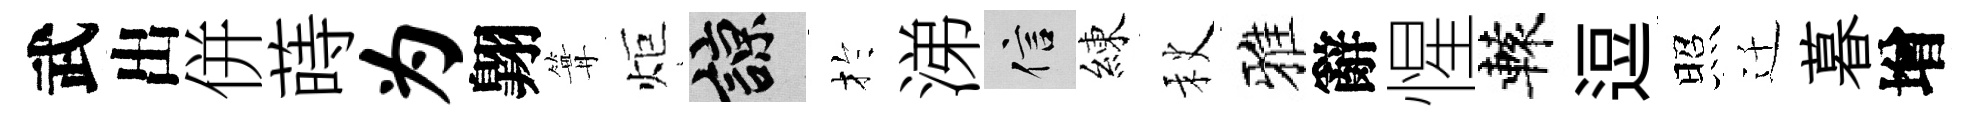
武出併蒔为翺篝炬諒扵涕信練秋雅辭惺轅逗照迁暮增